Document type: Sale
Year: 1440
Scribe: Pere Pau Pujades
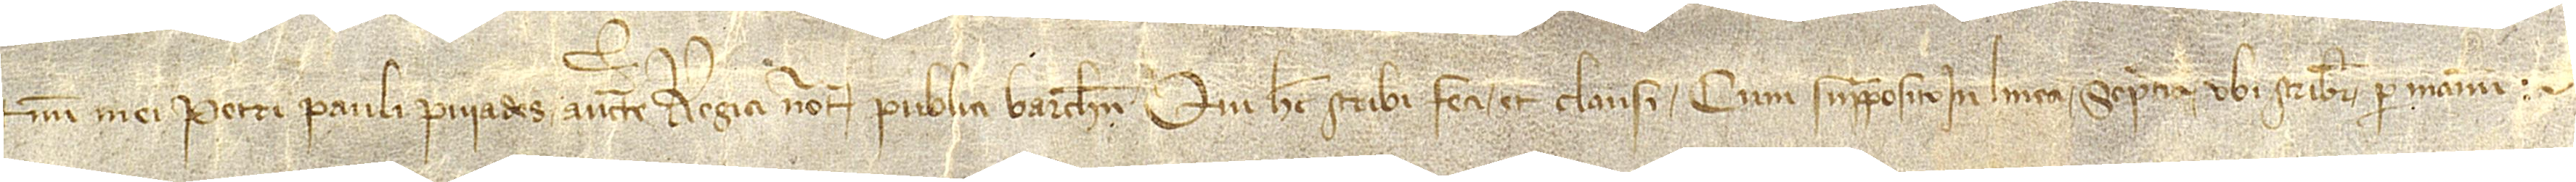
num Petri Pauli Puiades, auctoritate regia notarii publici Barchinone, qui hec scribi feci et clausi cum supraposito in linea septima, ubi scribitur “per manum”.